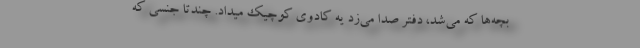
بچه‌ها که می‌شد، دفتر صدا می‌زد یه کادوی کوچیک میداد. چندتا جنسی که